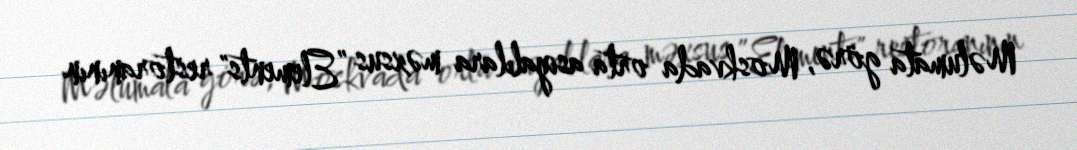
Məlumata görə, Moskvada orta asiyalılara məxsus ”Elements" restoranının